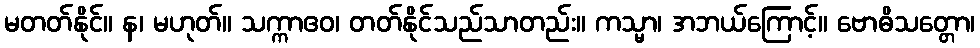
မတတ်နိုင်။ န၊ မဟုတ်။ သက္ကာဧဝ၊ တတ်နိုင်သည်သာတည်း။ ကသ္မာ၊ အဘယ်ကြောင့်။ ဗောဓိသတ္တော၊